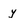
Character: y